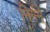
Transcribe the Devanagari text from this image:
निर्गमे